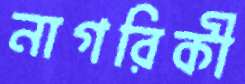
নাগরিকী